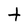
Character: t